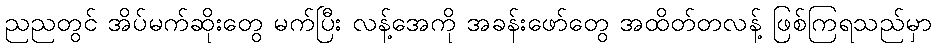
ညညတွင် အိပ်မက်ဆိုးတွေ မက်ပြီး လန့်အေကို အခန်းဖော်တွေ အထိတ်တလန့် ဖြစ်ကြရသည်မှာ